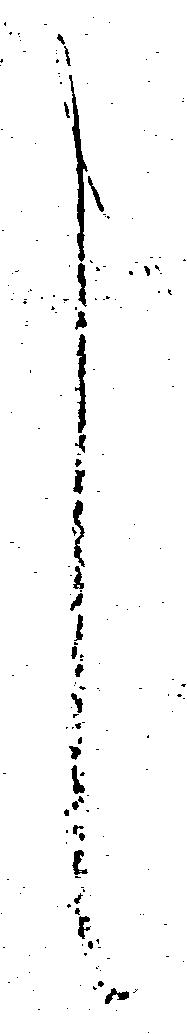
し